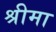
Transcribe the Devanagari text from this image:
श्रीमा